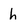
Character: h